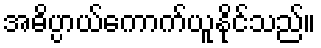
အဓိပ္ပာယ်ကောက်ယူနိုင်သည်။